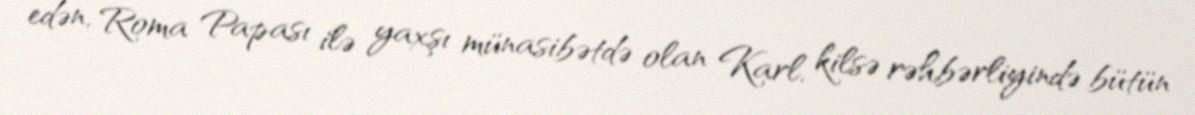
edən, Roma Papası ilə yaxşı münasibətdə olan Karl, kilsə rəhbərliyində bütün